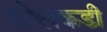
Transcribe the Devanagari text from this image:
सोलकडी